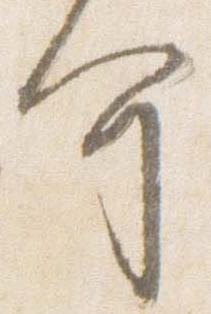
介